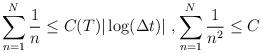
LaTeX: \begin{align*}\sum_{n=1}^{N}\frac1n\le C(T)|\log(\Delta t)|~,\sum_{n=1}^{N}\frac{1}{n^2}\le C\end{align*}